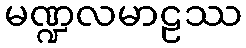
မဏ္ဍလမာဠဿ